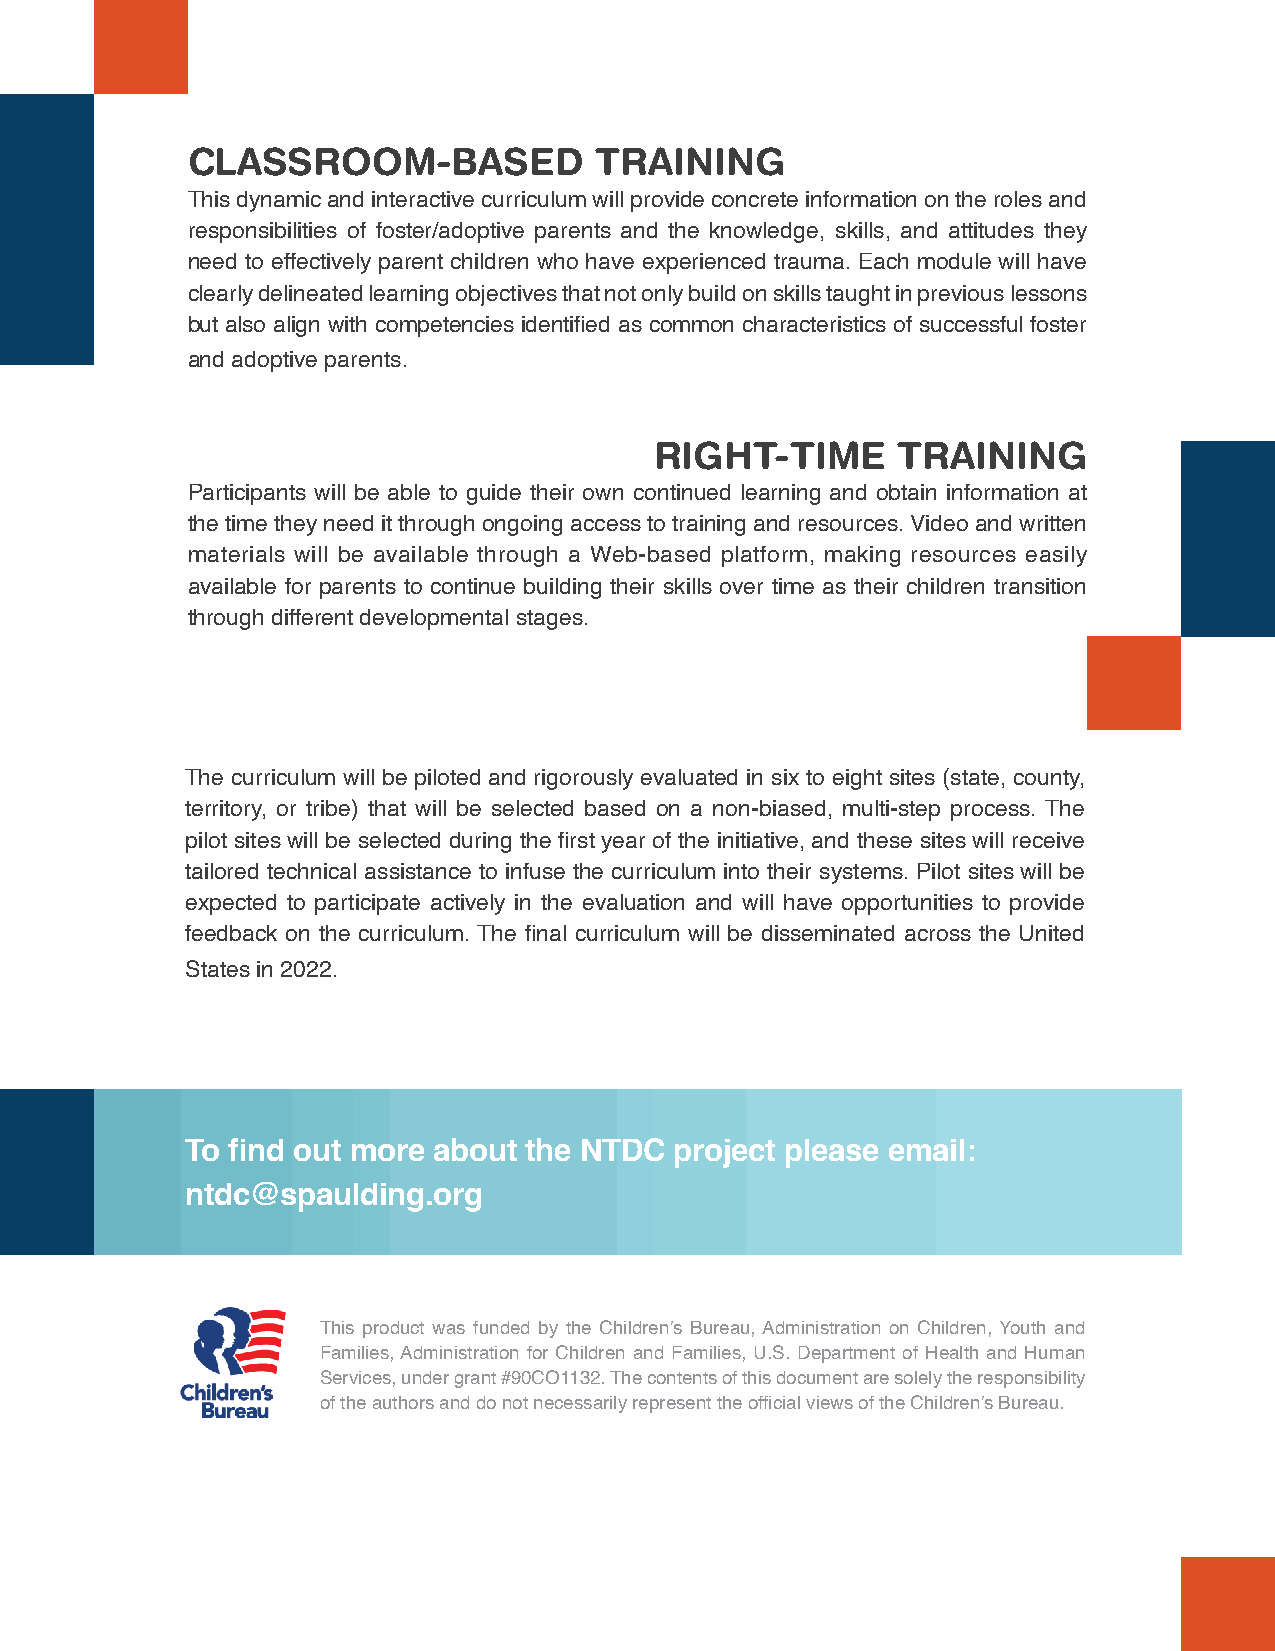
CLASSROOM-BASED            TRAINING
 This dynamic and interactive curriculum will provide concrete information on the roles and
 responsibilities of foster/adoptive parents and the knowledge, skills, and attitudes they
 need to effectively parent children who have experienced trauma. Each module will have
 clearly delineated learning objectives that not only build on skills taught in previous lessons
 but also align with competencies identified as common characteristics of successful foster
 and adoptive parents.
 RIGHT-TIME      TRAINING
 Participants will be able to guide their own continued learning and obtain information at
 the time they need it through ongoing access to training and resources. Video and written
 materials will be available through a Web-based platform, making resources easily
 available for parents to continue building their skills over time as their children transition
 through different developmental stages.
 The curriculum will be piloted and rigorously evaluated in six to eight sites (state, county,
 territory, or tribe) that will be selected based on a non-biased, multi-step process. The
 pilot sites will be selected during the first year of the initiative, and these sites will receive
 tailored technical assistance to infuse the curriculum into their systems. Pilot sites will be
 expected to participate actively in the evaluation and will have opportunities to provide
 feedback on the curriculum. The final curriculum will be disseminated across the United
 States in 2022.
 To find out more about the NTDC  project please email:
 ntdc@spaulding.org
 This product was funded by the Children’s Bureau, Administration on Children, Youth and
 Families, Administration for Children and Families, U.S. Department of Health and Human
 Services, under grant #90CO1132. The contents of this document are solely the responsibility
 of the authors and do not necessarily represent the official views of the Children’s Bureau.